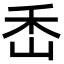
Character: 㟀